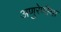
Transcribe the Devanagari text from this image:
अणुरेणीया